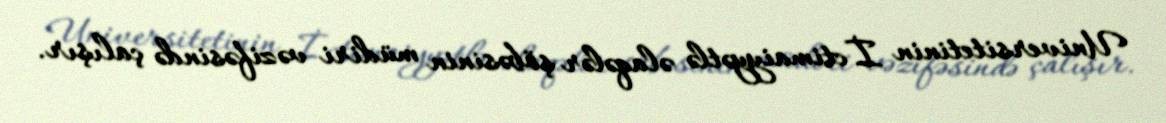
Universitetinin İctimaiyyətlə əlaqələr şöbəsinin müdiri vəzifəsində çalışır.